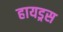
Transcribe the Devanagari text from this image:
हायड्रस